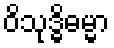
ဝိသုဒ္ဓိဓမ္မာ